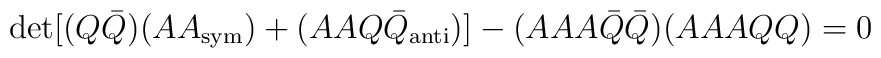
\det[(Q{\bar Q})(AA_{\rm sym})+(AAQ{\bar Q}_{\rm anti})]-(AAA{\bar Q}{\bar Q})( AAAQQ)=0